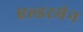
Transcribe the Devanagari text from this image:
एल्डरमेन